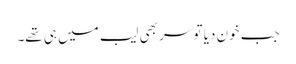
جب خون دیا تو سر بھی لیب میں ہی تھے۔